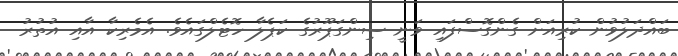
ބައްދަލުވުން ކުރިއަށް ގެންގޮސްފައި ވަނީ ސިންގަޕޫރުގެ ކަޕެލާ ހޮޓެލްގައެވެ. އެމެރިކާ އާއި އުތުުރު